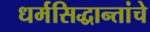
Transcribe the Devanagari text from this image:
धर्मसिद्धान्तांचे